Vaccination in Bombay 1924-1928 - 1924-1928
Year: 1924
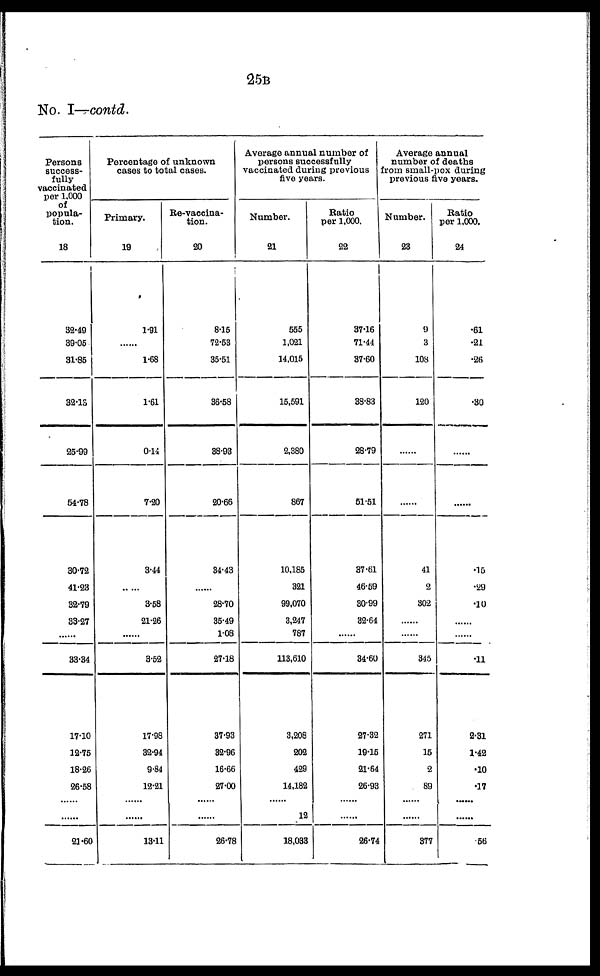
25B
No. I—contd.
Persons
success-
fully
vaccinated
per 1,000
of
popula-
tion.
18
32.49
39.05
31.85
32.13
25.99
54.78
30.72
41.23
32.79
33.27
......
33.34
17.10
12.75
18.26
26.58
......
......
21.60
Percentage of unknown
cases to total cases.
Primary.
19
1.91
......
1.68
1.61
0.14
7.20
3.44
......
3.58
21.26
......
3.52
17.98
32.94
9.84
12.21
......
......
13.11
Re-vaccina-
tion.
20
8.15
72.53
35.51
36.58
38.93
20.66
34.43
......
28.70
35.49
1.08
27.18
37.93
32.96
16.66
27.00
......
......
26.78
Average annual number of
persons successfully
vaccinated during previous
five years.
Number.
21
555
1,021
14,015
15,591
2,380
867
10,185
321
99,070
3,247
787
113,610
3,208
202
429
14,182
......
12
18,033
Ratio
per 1,000.
22
37.16
71.44
37.60
38.83
28.79
51.51
37.61
46.59
30.99
32.64
......
34.60
27.32
19.15
21.64
26.93
......
......
26.74
Average annual
number of deaths
from small-pox during
previous five years.
Number.
23
9
3
108
120
......
......
41
2
302
......
......
345
271
15
2
89
......
......
377
Ratio
per 1,000.
24
.61
.21
.26
.30
......
......
.15
.29
.10
......
......
.11
2.31
1.42
.10
.17
......
......
.56